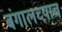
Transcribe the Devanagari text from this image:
बंगालच्याच